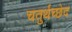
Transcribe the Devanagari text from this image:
चतुर्थच्छेद